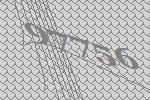
97756